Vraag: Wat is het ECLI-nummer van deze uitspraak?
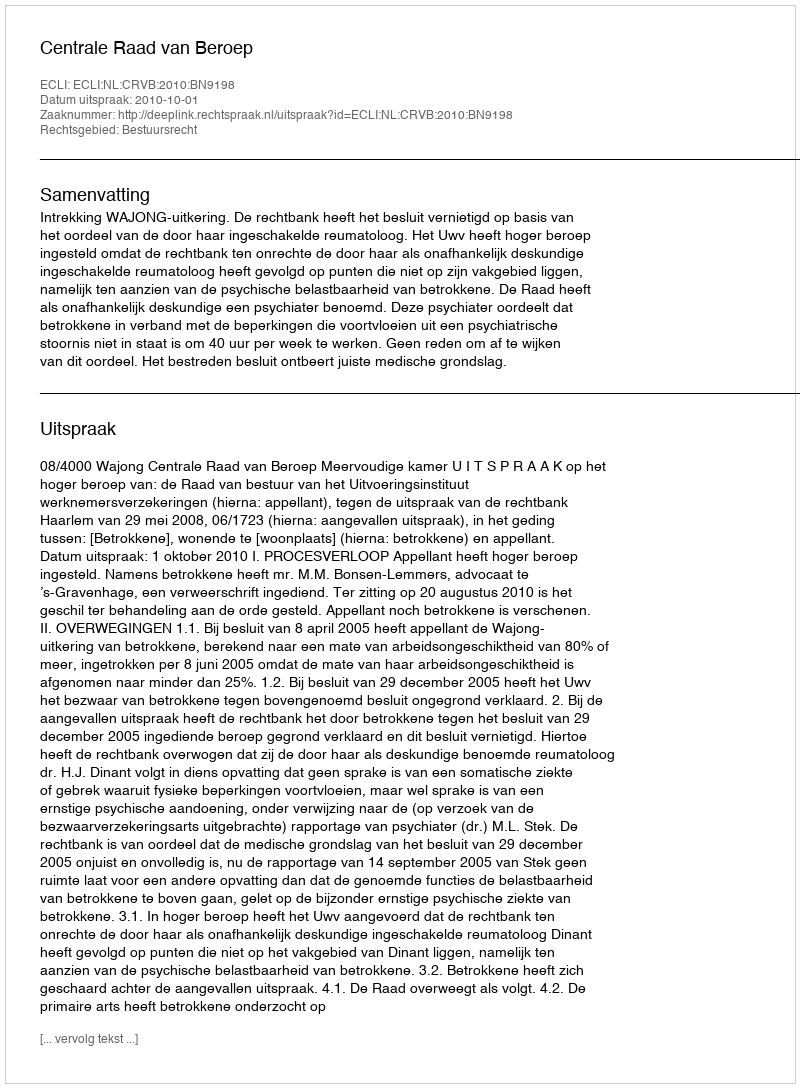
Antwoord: ECLI:NL:CRVB:2010:BN9198